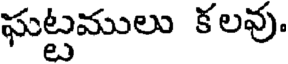
ఘట్టములు కలవు.